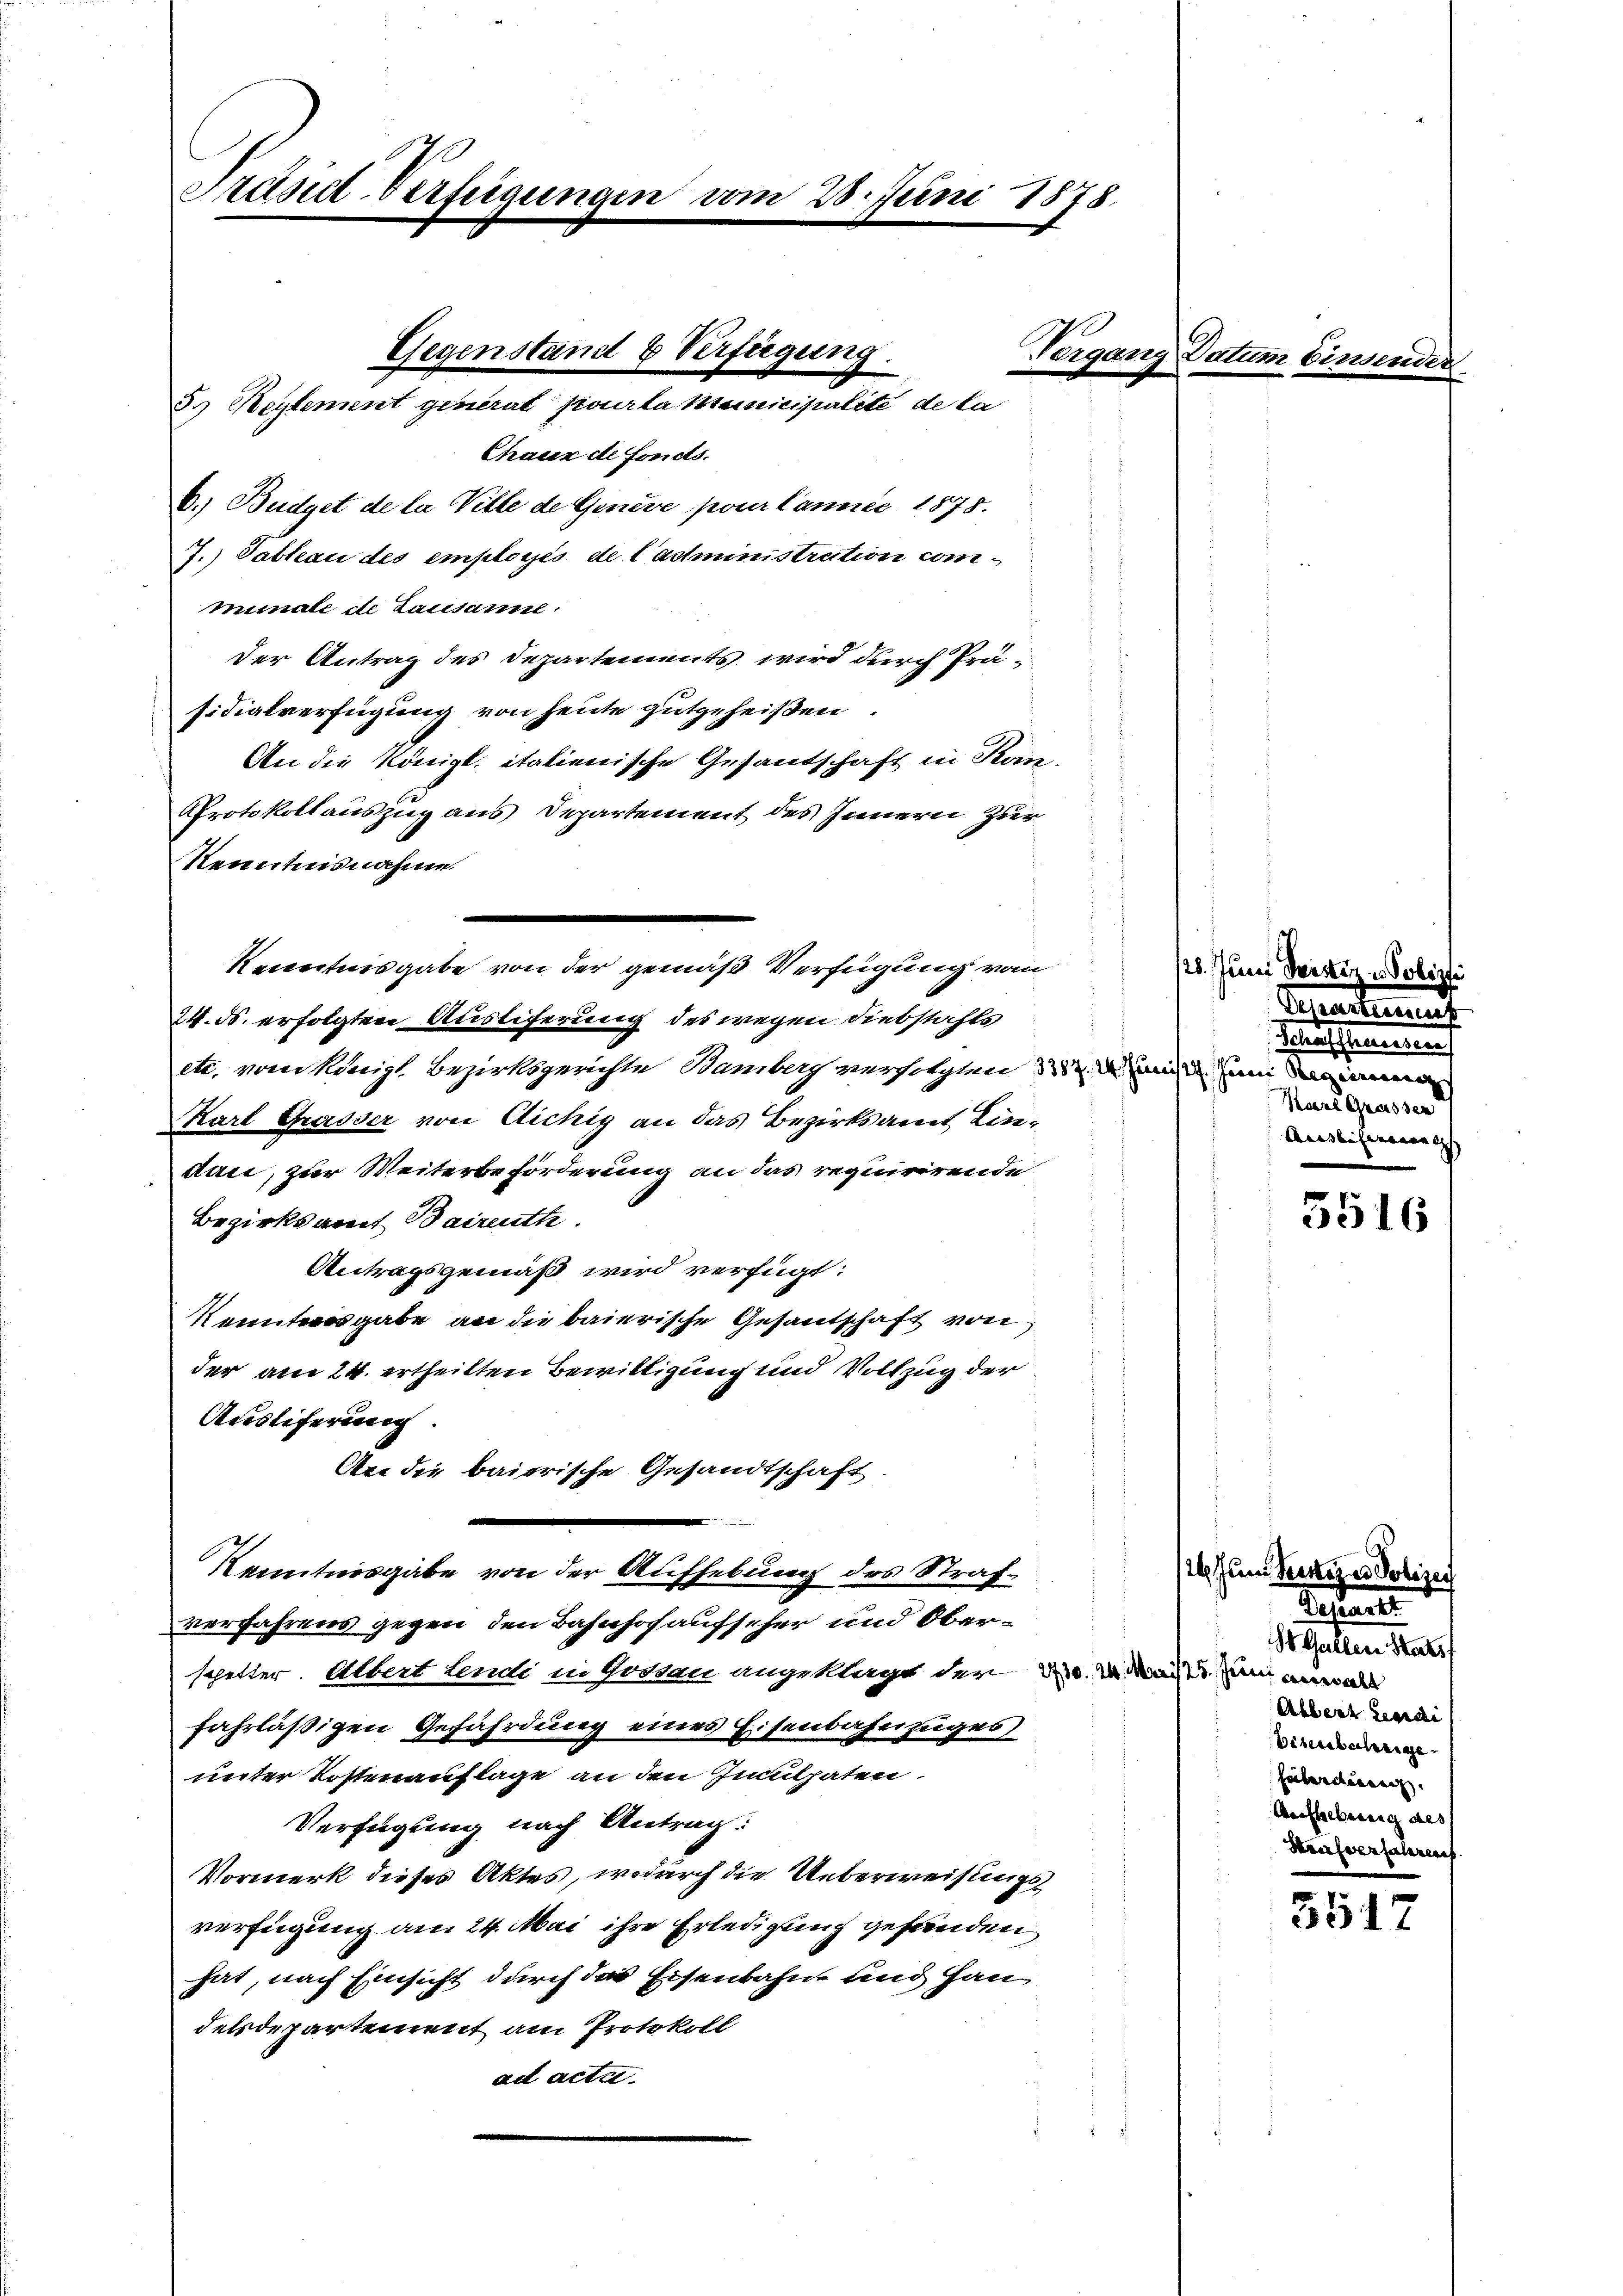
Präsid-Verfügungen am 28. Juni 1878.

Chaux de Fonds.
6.) Budget de la Ville de Geneve pour kännis 1875.
7.) Tableau des employés de l’administration comminale de Lausanne
der Antrag des Departements wird durch Prä-
sidialverfügung von heute gutgeheißen.
An die Königl. italienische Gesantschaft in Kon-
PProtokollauszug aus Departement des Innern zur
Kenntnisnahme.
Kenntnisgabe von der gemäß Verfügung vom
24. ds. erfolgten Austiferung des wegen Diebstahls
etc. vom Königl Bezirksgerichte Bamberg verfolgten du minum eine
Karl Grasser von Aichig an das Bezirksamt Lindani, zur Weiterbeförderung an das requirirende
Bezirksamt Baireuth.
Antragsgemäß wird verfügt:
Kenntnisgabe an die baierische Gesantschaft von
der am 24. ertheilten Bewilligung und Vollzug der
Ausliferung.
An die baierische Gesandtschaft.
Kenntnisgabe von der Aufhebung des Strafverfahrens gegen den Bahnhof aufseher und Oberspetter. Albert lendi in Gotten angeklagt der die u. Mai nun eina
fahrläßigen Gefährdung eines Eisenbahnzuges
unter Kostenauflage an den Inuthaten.
Verfügung nach Antrag:
Vormerk dieses Aktes, wodurch die Ueberweisungs
verfügung am 24. Mai ihre Erledigung gefunden
hat, nach Einsicht durch das Eisenbahnt und Han
delsdepartement am Protokoll
ad acti

Gegenstand & Verfügung.
5.) Reglement generat pourta Meinicipalite de la

Tergan

/25. Juni derster Polizei
Sehentinues
Taufsammenen
Vaere Grasser
Auslicherung

Paten

126. Jun. Vertiger Polizei
Testande
St. Gallen Stat
Albert Lenidi
Disenbahrige
Friborderenz
Aauflebenung des
Strafverfahren.

2 betr

3516

5517